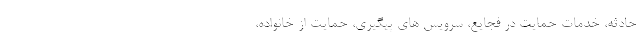
حادثه، خدمات حمایت در فجایع، سرویس های پیگیری، حمایت از خانواده،